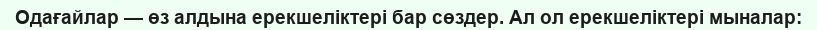
Одағайлар — өз алдына ерекшеліктері бар сөздер. Ал ол ерекшеліктері мыналар: